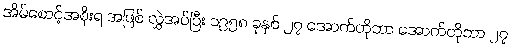
အိမ်စောင့်အစိုးရ အဖြစ် လွှဲအပ်ပြီး ၁၉၅၈ ခုနှစ် ၂၇ အောက်တိုဘာ အောက်တိုဘာ ၂၇